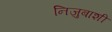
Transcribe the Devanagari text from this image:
निजुबाशी